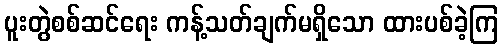
ပူးတွဲစစ်ဆင်ရေး ကန့်သတ်ချက်မရှိသော ထားပစ်ခဲ့ကြ